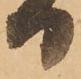
日